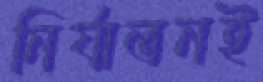
নির্যাতনই